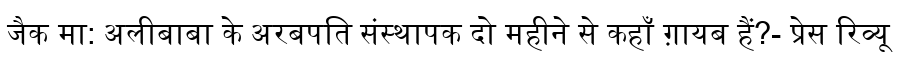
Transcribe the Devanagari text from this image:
जैक मा: अलीबाबा के अरबपति संस्थापक दो महीने से कहाँ ग़ायब हैं?- प्रेस रिव्यू